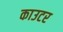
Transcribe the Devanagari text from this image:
काउटर